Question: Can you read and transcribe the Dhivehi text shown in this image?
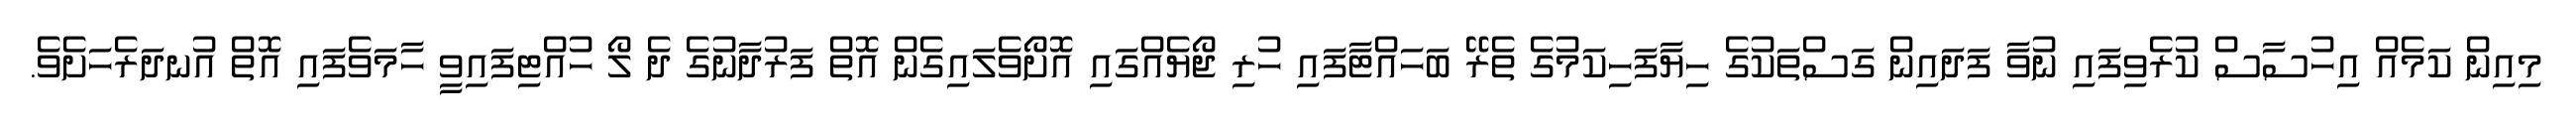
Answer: މިއިން ކަމެއް އިހުސާސް ކުރެވިފައި ނުވާ ފަދައިން ގަސްތަކުގެ ހިޔާފަހިކަމުގެ ތެރޭ ބަހައްޓާފައި ހުރި ޖޯޔެއްގައި އޮށޯވެލައިގެން އޮތް ފަރުދާނުގެ ދެ ލޯ ހުއްޓިފައިވީ ހާމަވެފައި އޮތް އުނދަރެހަށެވެ.